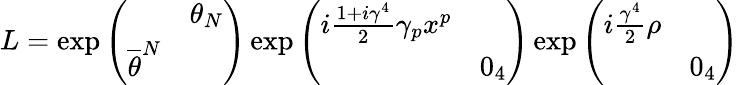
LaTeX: L=\exp\left(\begin{array}{cc}{{}}&{{\theta_{N}}}\\ {{\overline{{{\theta}}}^{N}}}&{{}}\end{array}\right)\exp\left(\begin{array}{cc}{{i\frac{1+i\gamma^{4}}{2}\gamma_{p}x^{p}}}&{{}}\\ {{}}&{{0_{4}}}\end{array}\right)\exp\left(\begin{array}{cc}{{i\frac{\gamma^{4}}{2}\rho}}&{{}}\\ {{}}&{{0_{4}}}\end{array}\right)